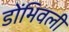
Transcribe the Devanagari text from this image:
डोंभिवली